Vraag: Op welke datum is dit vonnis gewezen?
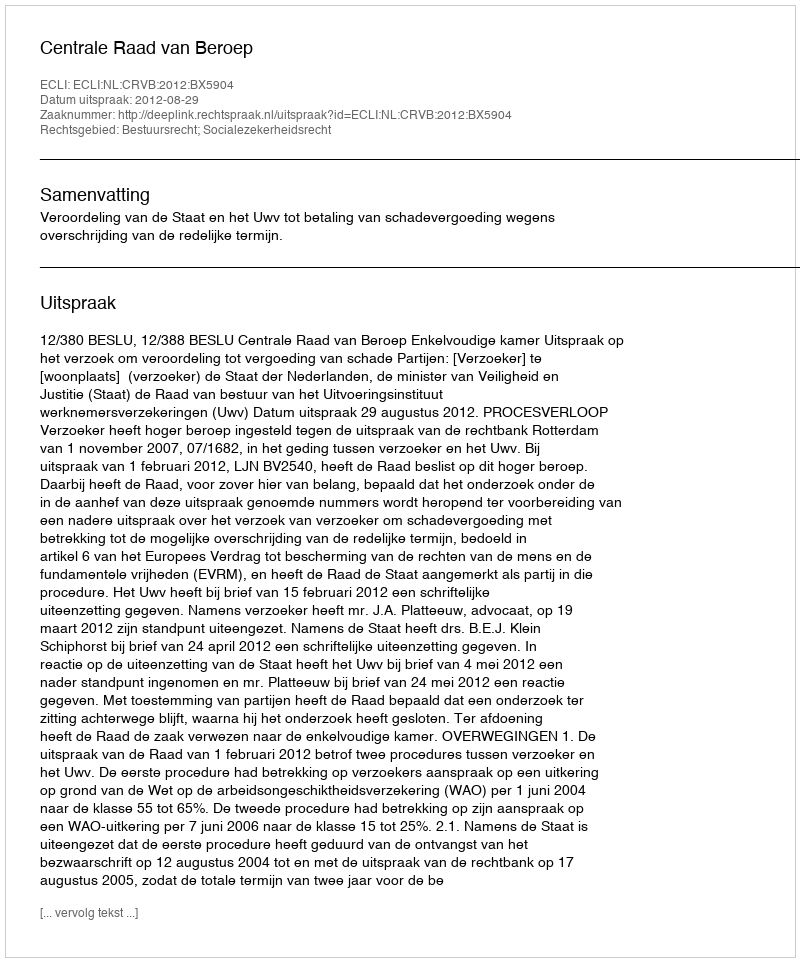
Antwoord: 2012-08-29